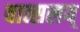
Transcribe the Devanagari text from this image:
वात्सलय्